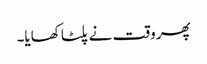
پھر وقت نے پلٹا کھایا۔